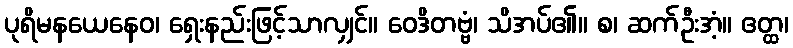
ပုရိမနယေနေဝ၊ ရှေးနည်းဖြင့်သာလျှင်။ ဝေဒိတဗ္ဗံ၊ သိအပ်၏။ စ၊ ဆက်ဦးအံ့။ ဧတ္ထ၊